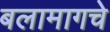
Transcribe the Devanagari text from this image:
बलामागचे